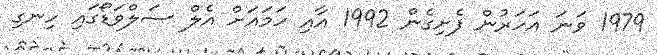
1979 ވަނަ އަހަރުން ފެށިގެން 1992 އާއި ހަމައަށް އެލް ސަލްވަޑޯގައި ހިނގި